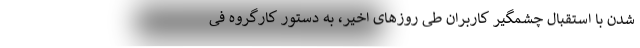
شدن با استقبال چشمگیر کاربران طی روزهای اخیر، به دستور کارگروه فی